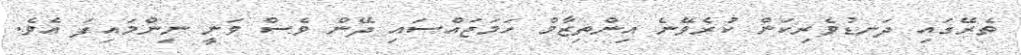
ތެރޭގައި ދަނޑުވެރިކަން ކުރެވޭނެ އިންތިޒާމް ހަމަޖައްސައި ދޭން ވެސް ވަނީ ނިންމައިފަ އެވެ.